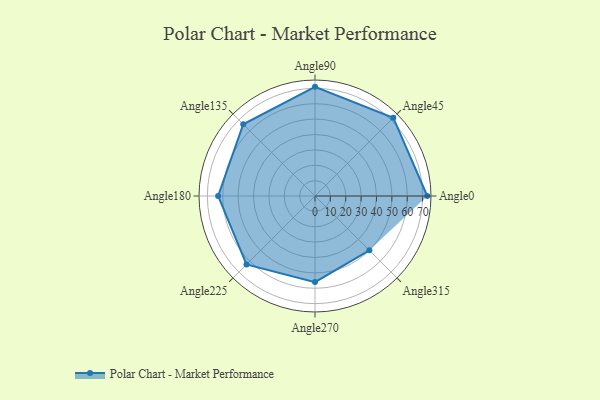
{"axis": {"x": "Angle", "y": "Radius"}, "legend": [""], "data": [{"x": "Angle0", "y": 73.0, "type": ""}, {"x": "Angle45", "y": 72.0, "type": ""}, {"x": "Angle90", "y": 71.0, "type": ""}, {"x": "Angle135", "y": 66.0, "type": ""}, {"x": "Angle180", "y": 63.0, "type": ""}, {"x": "Angle225", "y": 63.0, "type": ""}, {"x": "Angle270", "y": 56.0, "type": ""}, {"x": "Angle315", "y": 50, "type": ""}]}